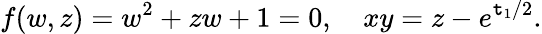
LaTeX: f(w,z)=w^{2}+zw+1=0,~~~~xy=z-e^{\mathtt{t}_{1}/2}.